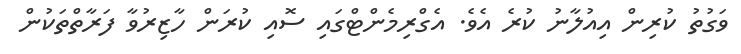
ވަގުތު ކުރިން އިއުލާނު ކުރެ އެވެ. އެގްރިމެންޓްގައި ސޮއި ކުރަން ހާޒިރުވާ ފަރާތްތަކުން